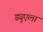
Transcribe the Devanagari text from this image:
ड्युएला